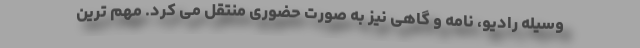
وسیله رادیو، نامه و گاهی نیز به صورت حضوری منتقل می‌ کرد. مهم ترین